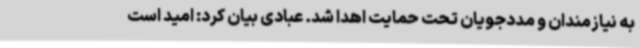
به نیازمندان و مددجویان تحت حمایت اهدا شد. عبادی بیان کرد: امید است